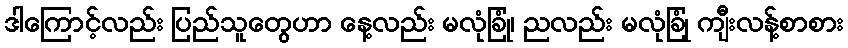
ဒါကြောင့်လည်း ပြည်သူတွေဟာ နေ့လည်း မလုံခြုံ၊ ညလည်း မလုံခြုံ ကျီးလန့်စာစား